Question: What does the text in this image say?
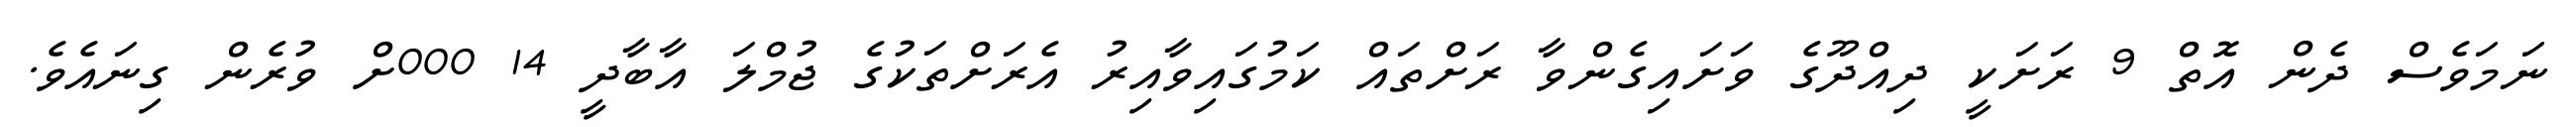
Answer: ނަމަވެސް ދެން އޮތް 9 ރަށަކީ ދިއްދޫގެ ވަށައިގެންވާ ރަށްތައް ކަމުގައިވާއިރު އެރަށްތަކުގެ ޖުމްލަ އާބާދީ 14 000ށް ވުރެން ގިނައެވެ.